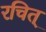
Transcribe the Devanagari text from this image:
रचित्